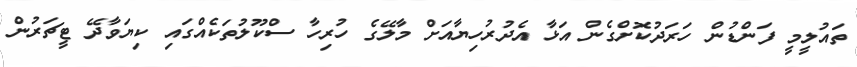
ތައުލީމީ ފަންޑުން ހަރަދުކޮށްގެން އަޅާ އެދުރުހިޔާއަށް މާލޭގެ ހުރިހާ ސްކޫލުތަކެއްގައި ކިޔަވާދޭ ޓީޗަރުން